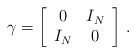
\begin{align*}\gamma = \biggl[ \begin{array}{cc} 0 & I_N \\ I_N & 0 \end{array} \biggr]\ .\end{align*}